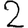
Digit: 2